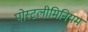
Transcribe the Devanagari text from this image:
पोस्टलीमिनियम